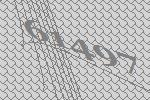
61497